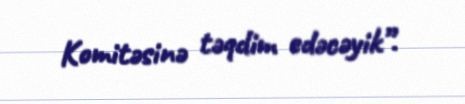
Komitəsinə təqdim edəcəyik”.